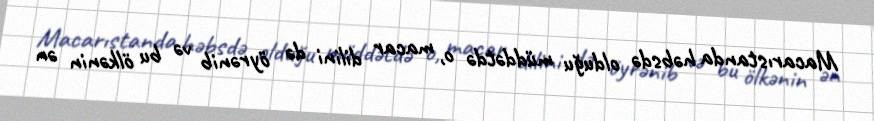
Macarıstanda həbsdə olduğu müddətdə o, macar dilini də öyrənib və bu ölkənin ən